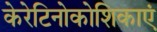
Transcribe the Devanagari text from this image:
केरेटिनोकोशिकाएं